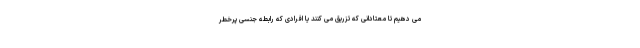
می دهیم تا معتادانی که تزریق می کنند یا افرادی که رابطه جنسی پرخطر